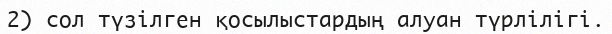
2) сол түзілген қосылыстардың алуан түрлілігі.